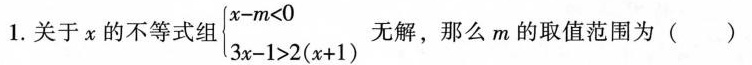
1. 关于 x 的不等式组$$\begin {cases}